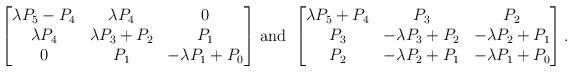
LaTeX: \begin{align*}\begin{bmatrix}\lambda P_5-P_4 & \lambda P_4 & 0 \\\lambda P_4 & \lambda P_3+P_2 & P_1 \\0 & P_1 & -\lambda P_1+P_0\end{bmatrix}\, \mbox{and} \,\,\begin{bmatrix}\lambda P_5+P_4 & P_3 & P_2 \\P_3 & -\lambda P_3+P_2 & -\lambda P_2+P_1\\P_2 & -\lambda P_2+P_1 & -\lambda P_1+P_0\end{bmatrix}.\end{align*}